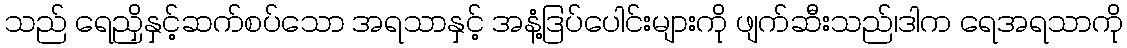
သည် ရေညှိနှင့်ဆက်စပ်သော အရသာနှင့် အနံ့ဒြပ်ပေါင်းများကို ဖျက်ဆီးသည်၊ဒါက ရေအရသာကို